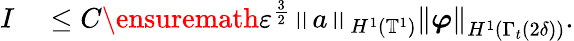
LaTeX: \begin{array}{rl}{I}&{{}\leq C\ensuremath{\varepsilon}^{\frac{3}{2}}\left\Vert a\right\Vert_{H^{1}(\mathbb{T}^{1})}\left\Vert\boldsymbol{\varphi}\right\Vert_{H^{1}\left(\Gamma_{t}(2\delta)\right)}.}\end{array}